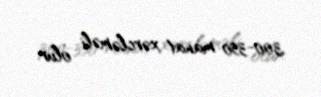
300-350 manat xərcləməli olur.